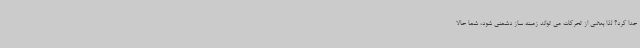
جدا کرد؟ لذا بعضی از تحرکات می تواند زمینه ساز دشمنی شود، شما حالا